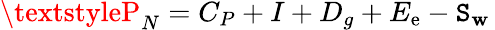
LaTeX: \textstyleP_{N}=C_{P}+I+D_{g}+E_{\mathrm{e}}-\mathtt{S}_{\mathbf{w}}\,